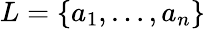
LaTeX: L=\{ a_{1},\ldots,a_{n}\}